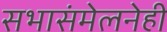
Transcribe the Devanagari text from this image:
सभासंमेलनेही